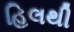
હિલથી